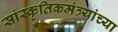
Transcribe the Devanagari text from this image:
सांस्कृतिकमंत्र्यांच्या